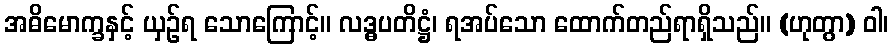
အဓိမောက္ခနှင့် ယှဉ်ရ သောကြောင့်။ လဒ္ဓပတိဋ္ဌံ၊ ရအပ်သော ထောက်တည်ရာရှိသည်။ (ဟုတွာ) ဝါ၊